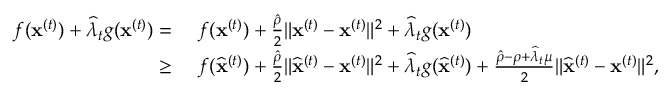
\begin{array} { r l } { f ( { \mathbf x } ^ { ( t ) } ) + \widehat \lambda _ { t } g ( { \mathbf x } ^ { ( t ) } ) = } & { ~ f ( { \mathbf x } ^ { ( t ) } ) + \frac { \hat { \rho } } { 2 } \| { \mathbf x } ^ { ( t ) } - { \mathbf x } ^ { ( t ) } \| ^ { 2 } + \widehat \lambda _ { t } g ( { \mathbf x } ^ { ( t ) } ) } \\ { \geq } & { ~ f ( \widehat { \mathbf x } ^ { ( t ) } ) + \frac { \hat { \rho } } { 2 } \| \widehat { \mathbf x } ^ { ( t ) } - { \mathbf x } ^ { ( t ) } \| ^ { 2 } + \widehat \lambda _ { t } g ( \widehat { \mathbf x } ^ { ( t ) } ) + \frac { \hat { \rho } - \rho + \widehat \lambda _ { t } \mu } { 2 } \| \widehat { \mathbf x } ^ { ( t ) } - { \mathbf x } ^ { ( t ) } \| ^ { 2 } , } \end{array}